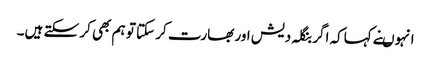
انہوںنے کہاکہ اگر بنگلہ دیش اور بھارت کر سکتا تو ہم بھی کر سکتے ہیں۔